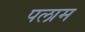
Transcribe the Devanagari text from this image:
पलाम